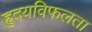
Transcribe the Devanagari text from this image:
हृदयविफलता